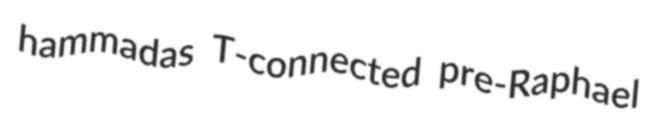
hammadas T-connected pre-Raphael